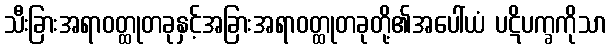
သီးခြားအရာဝတ္ထုတခုနှင့်အခြားအရာဝတ္ထုတခုတို့၏အပေါ်ယံ ပဋိပက္ခကိုသာ